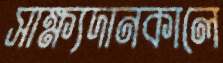
সাক্ষ্যদানকালে